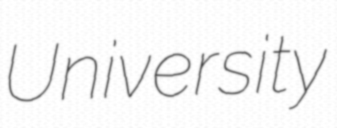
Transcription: University